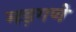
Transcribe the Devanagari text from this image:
मड़गणे